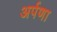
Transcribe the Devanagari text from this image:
अर्पणा